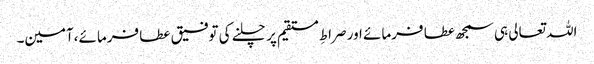
اللہ تعالی ہی سمجھ عطا فرمائے اور صراطِ مستقیم پر چلنے کی توفیق عطا فرمائے،آمین۔